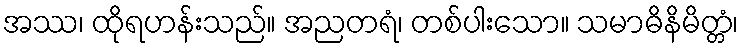
အဿ၊ ထိုရဟန်းသည်။ အညတရံ၊ တစ်ပါးသော။ သမာဓိနိမိတ္တံ၊